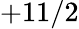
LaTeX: +11/2